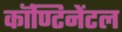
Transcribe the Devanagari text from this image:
कॉण्टिनेंटल